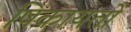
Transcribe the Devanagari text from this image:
षिकायतों